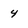
Character: 4